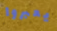
يعبروا